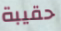
حقيبة